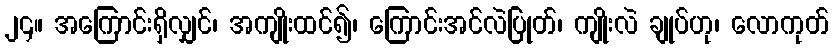
၂၄။ အကြောင်းရှိလျှင်၊ အကျိုးထင်၍၊ ကြောင်းအင်လဲပြုတ်၊ ကျိုးလဲ ချုပ်ဟု၊ လောကုတ်